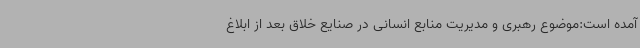
آمده است:موضوع رهبری و مدیریت منابع انسانی در صنایع خلاق بعد از ابلاغ